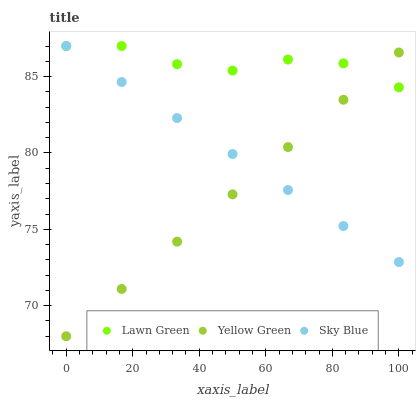
| xaxis_label | Lawn Green | Yellow Green | Sky Blue |
 | --- | --- | --- | --- |
 | 0 | 87 | 68 | 87 |
 | 16.7 | 87 | 71.1 | 84.6 |
 | 33.3 | 85.8 | 74.2 | 82.3 |
 | 50 | 85.4 | 77.3 | 79.9 |
 | 66.7 | 86.1 | 80.4 | 77.6 |
 | 83.3 | 85.9 | 83.5 | 75.2 |
 | 100 | 84.3 | 86.6 | 72.9 |